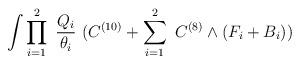
LaTeX: \begin{align*}\int \prod_{i=1}^{2}~\frac{Q_i}{\theta_i}~(C^{(10)} + \sum_{i=1}^{2}~C^{(8)} \wedge (F_i + B_i))\end{align*}